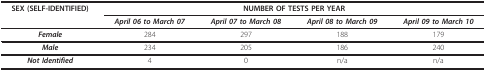
<table><thead><tr><td><b>SEX (SELF-IDENTIFIED)</b></td><td colspan="4"><b>NUMBER OF TESTS PER YEAR</b></td></tr><tr><td></td><td><b><i>April 06 to March 07</i></b></td><td><b><i>April 07 to March 08</i></b></td><td><b><i>April 08 to March 09</i></b></td><td><b><i>April 09 to March 10</i></b></td></tr></thead><tbody><tr><td><i><b>Female</b></i></td><td>284</td><td>297</td><td>188</td><td>179</td></tr><tr><td><i><b>Male</b></i></td><td>234</td><td>205</td><td>186</td><td>240</td></tr><tr><td><i><b>Not Identified</b></i></td><td>4</td><td>0</td><td>n/a</td><td>n/a</td></tr></tbody></table>